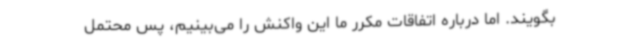
بگویند. اما درباره اتفاقات مکرر ما این واکنش را می‌بینیم، پس محتمل